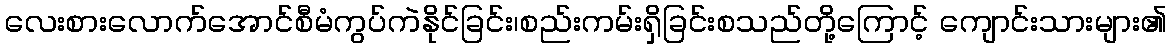
လေးစားလောက်အောင်စီမံကွပ်ကဲနိုင်ခြင်း၊စည်းကမ်းရှိခြင်းစသည်တို့ကြောင့် ကျောင်းသားများ၏